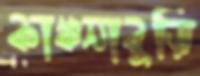
কাঞ্চনাবুড়ি